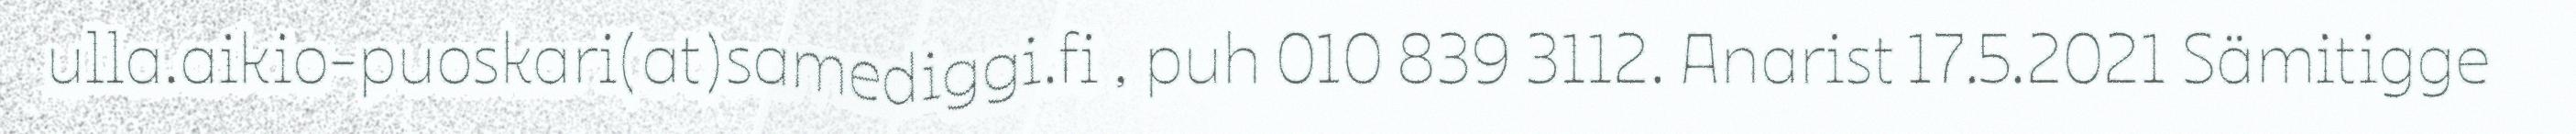
ulla.aikio-puoskari(at)samediggi.fi , puh 010 839 3112. Anarist 17.5.2021 Sämitigge